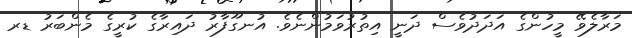
މަރާލެވޭ މީހުންގެ އަދަދުވެސް ދަނީ އިތުރުވަމުންނެވެ. އުނގޫފާރު ދައިރާގެ ކުރީގެ މެންބަރު ޑރ